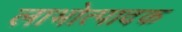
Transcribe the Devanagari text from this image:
लाभोत्पादक